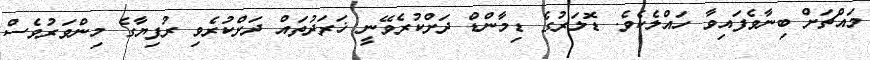
މައްޗަށް ބިނާވެފައިވާ ހައްލެކެވެ. ޑޮލަރުގެ ޑިމާންޑް ދަށްކުރެވޭނީ ޚަރަދުތައް ދަށްކުރެވި ރުފިޔާގެ މިންވަރުވެސް